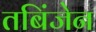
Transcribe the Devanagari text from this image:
तबिंजेन